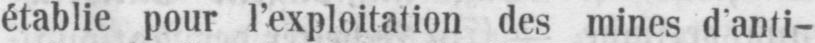
établie pour l’exploitation des mines d’anti-